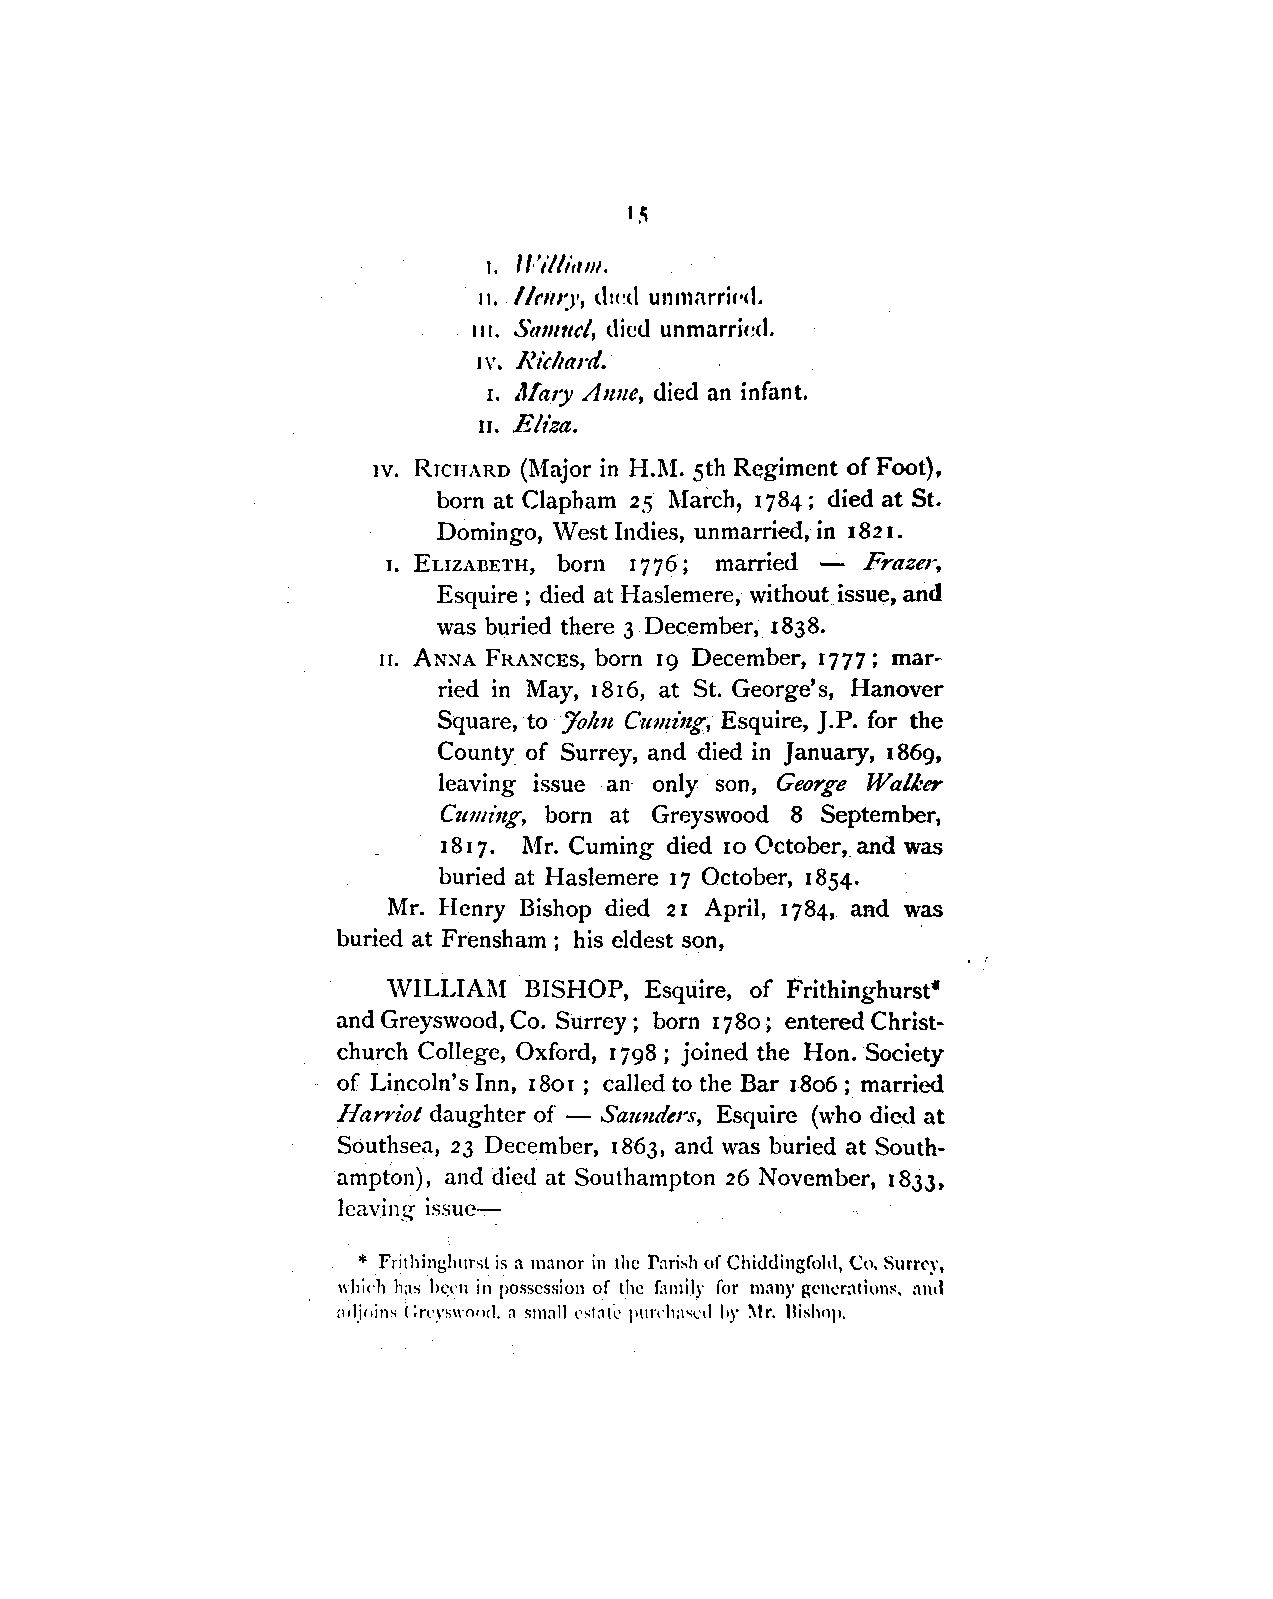
,. U'illi,1111.
 11. //r111:)', dH~d unnrnrri,,,1.
 111. ,Sa11111cl, died unmarrh:d.
 n·. Richard.
 1. ,Vary An11e, died an infant.
 Eliza.
 II.
 1v. RICHARD (Major in H.l\[. 5th Regiment of Foot),
 born at Clapham 2.5 l\Iarch, 1784; died at St.
 Domingo, West Indies, unmarried, in 182 1.
 ELIZABETH, born 1776; married - Frazer,
 1.
 Esquire ; died at Haslemere, without issue, and
 was buried there 3 December, 1838.
 II. ANNA FRANCES, born 19 December, 1777; mar
 ried in May, 1816, at St. George's, Hanover
 Square, to :John Cumi'ng, Esquire, J.P. for the
 County of Surrey, and died in January, 1869,
 leaving issue an only son, George Walker
 Cuming, born at Greyswood 8 September,
 1817. Mr. Cuming died IO October, and was
 buried at Haslemere 17 October, 1854.
 Mr. Henry Bishop died 21 April, 1784, aad was
 buried at Frensham ; his eldest son,
 \VILLIAl\l BISHOP, Esquire, of Frithinghurst•
 and Greyswood, Co. Surrey; born 1780; entered Christ
 church College, Oxford, 1798 ; joined the Hon. Society
 of Lincoln's Inn, 1801; called to the Bar 1806; married
 Ifa rriot daughter of - Saunders, Esquire (who died at
 Southsea, 23 December, 1863, and was buried at South
 ampton), and died at Southampton 26 November, 1833,
 leaving issue-
 * Frithinghurst is a manor in the Pnrish of Chiddingfohl, Co. Surrl'y,
 which has been in possession of the family for mnny gcnl.'ration~. :rn,I
 ;1,lj,,ins ( :rl'yswnorl. n smnll rstn1;_, pm,·h;1sl'd hr ~Ir. Bishnp.